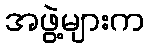
အဖွဲ့များက